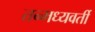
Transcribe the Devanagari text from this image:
तन्मध्यवर्ती